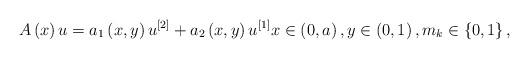
LaTeX: \begin{align*}A\left( x\right) u=a_{1}\left( x,y\right) u^{\left[ 2\right]}+a_{2}\left( x,y\right) u^{\left[ 1\right] }x\in \left( 0,a\right),y\in \left( 0,1\right) ,m_{k}\in \left\{ 0,1\right\} , \end{align*}